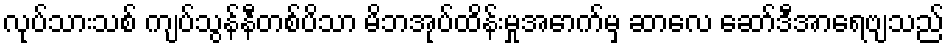
လုပ်သားသစ် ကျပ်သွန်နီတစ်ပိသာ မိဘအုပ်ထိန်းမှုအောက်မှ ဆာလေ ဆော်ဒီအာရေဗျသည်